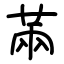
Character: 㒼